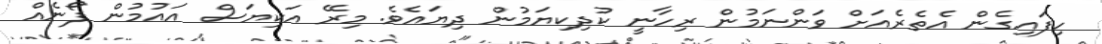
ހިފައިގެން އެތެރެއަށް ވަންނަމުން ރިހާނީ ކުދިކިޔަމުން ދިޔައެވެ. މިރޭ އަކިޔަސް އައުމުން ފޯނެއް